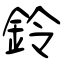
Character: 鈴